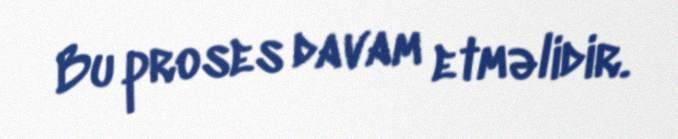
Bu proses davam etməlidir.